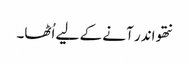
نتھو اندر آنے کے لیے اُٹھا۔